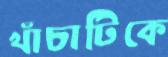
খাঁচাটিকে